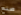
صنع